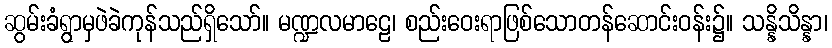
ဆွမ်းခံရွာမှဖဲခဲကုန်သည်ရှိသော်။ မဏ္ဍလမာဠေ၊ စည်းဝေးရာဖြစ်သောတန်ဆောင်းဝန်း၌။ သန္နိသိန္နာ၊